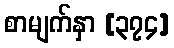
စာမျက်နှာ [၃၇၄]